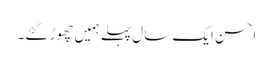
احسن ایک سال پہلے ہمیں چھوڑ گئے۔